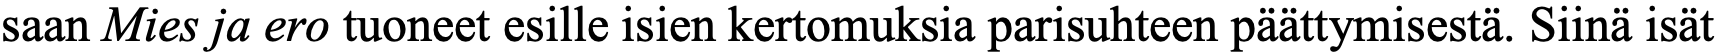
saan Mies ja ero tuoneet esille isien kertomuksia parisuhteen päättymisestä. Siinä isät